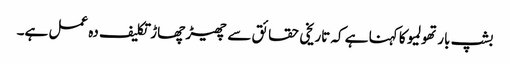
بشپ بارتھولمیو کا کہنا ہے کہ تاریخی حقائق سے چھیڑ چھاڑ تکلیف دہ عمل ہے۔